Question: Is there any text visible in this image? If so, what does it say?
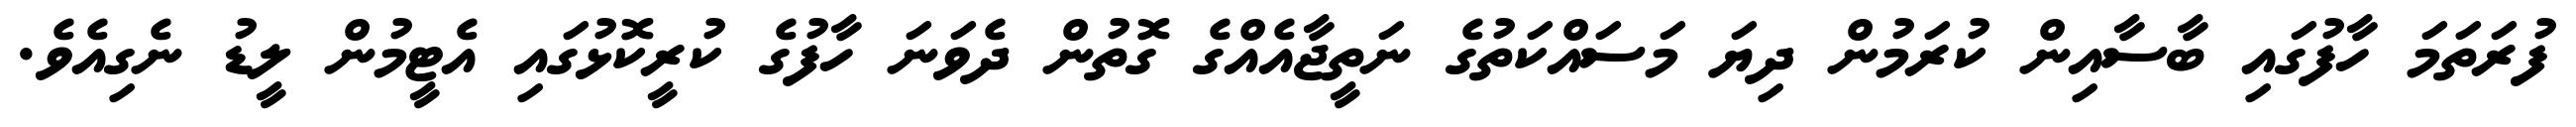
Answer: ފުރަތަމަ ހާފުގައި ބާސާއިން ކުރަމުން ދިޔަ މަސައްކަތުގެ ނަތީޖާއެއްގެ ގޮތުން ދެވަނަ ހާފުގެ ކުރީކޮޅުގައި އެޓީމުން ލީޑު ނެގިއެވެ.